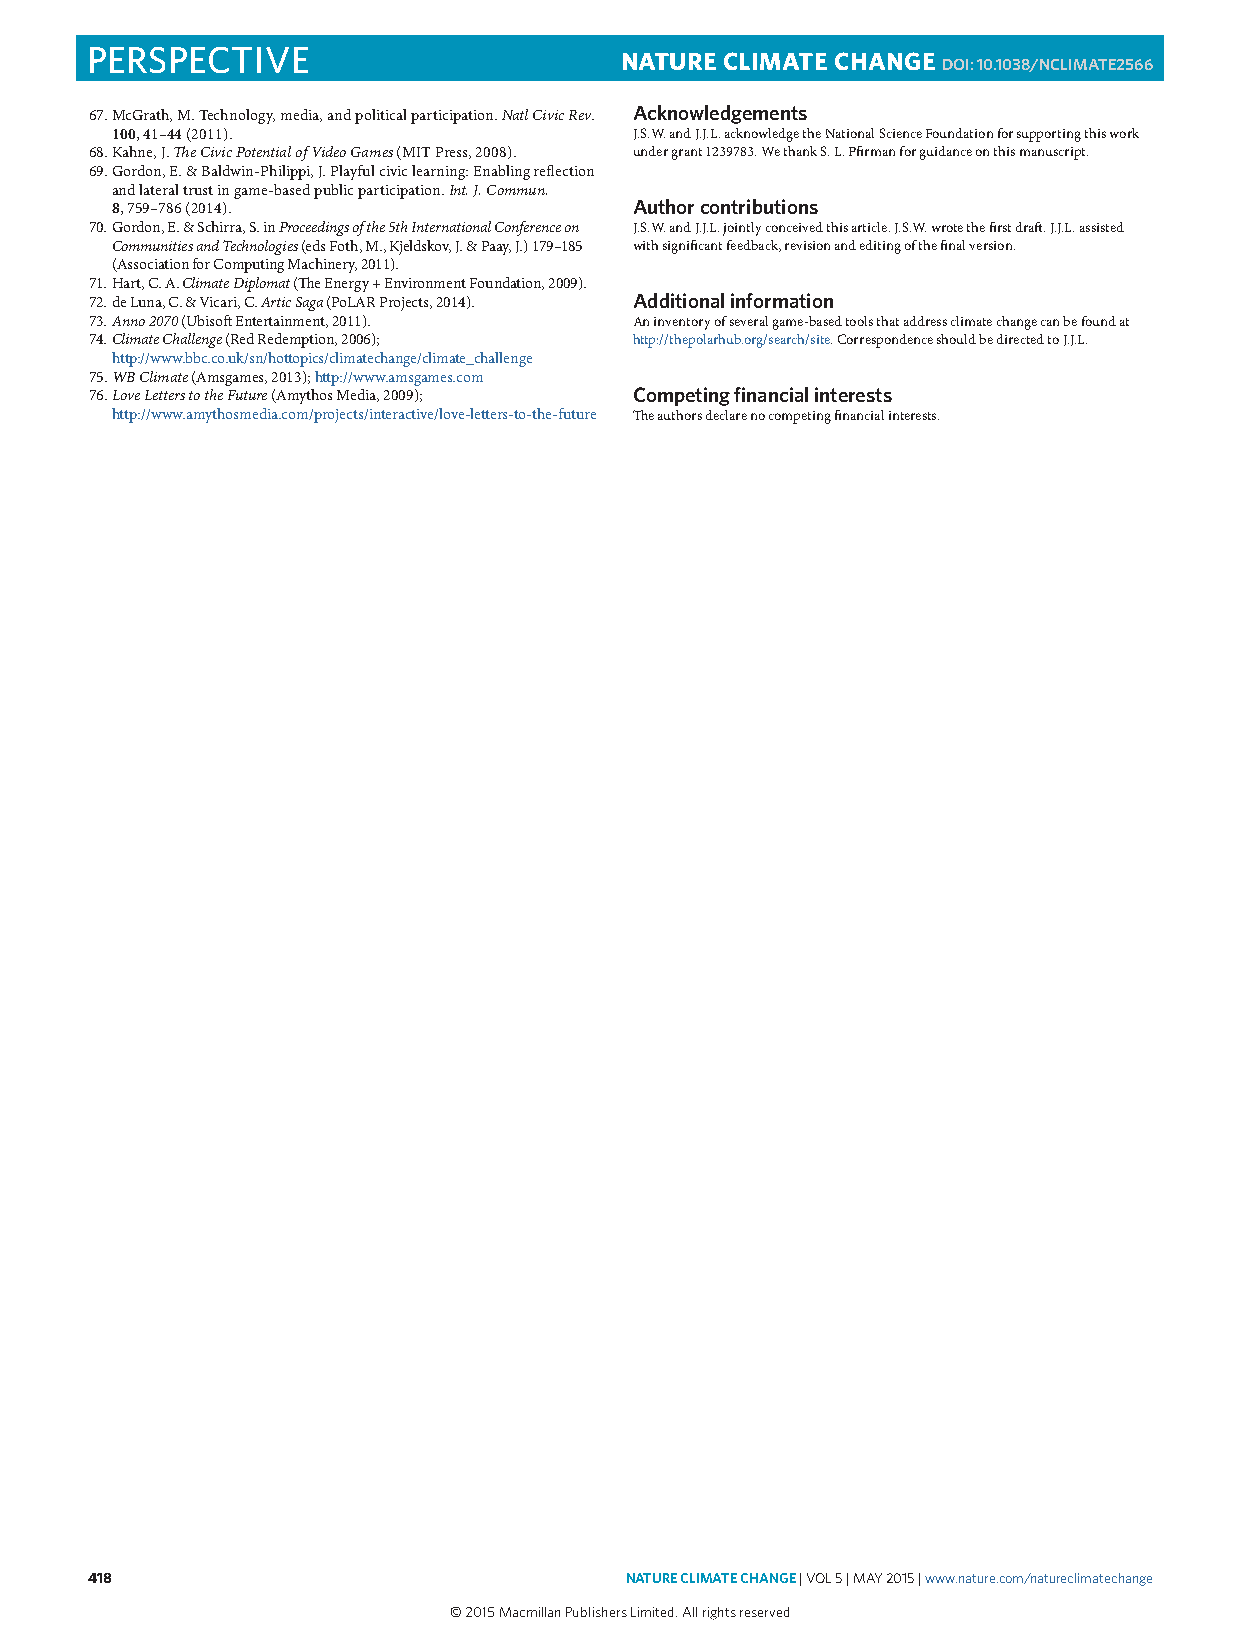
PERSPECTIVE                        NATURE CLIMATE CHANGE
 DOI: 10.1038/NCLIMATE2566
 67. McGrath, M. Technology, media, and political participation. Natl Civic Rev. Acknowledgements
 100, 41–44 (2011).                 J.S.W. and J.J.L. acknowledge the National Science Foundation for supporting this work
 68. Kahne, J. The Civic Potential of Video Games (MIT Press, 2008). under grant 1239783. We thank S. L. Pfirman for guidance on this manuscript.
 69. Gordon, E. & Baldwin-Philippi, J. Playful civic learning: Enabling reflection
 and lateral trust in game-based public participation. Int. J. Commun.
 8, 759–786 (2014).                 Author contributions
 70. Gordon, E. & Schirra, S. in Proceedings of the 5th International Conference on J.S.W. and J.J.L. jointly conceived this article. J.S.W. wrote the first draft. J.J.L. assisted
 Communities and Technologies (eds Foth, M., Kjeldskov, J. & Paay, J.) 179–185 with significant feedback, revision and editing of the final version.
 (Association for Computing Machinery, 2011).
 71. Hart, C. A. Climate Diplomat (The Energy + Environment Foundation, 2009).
 72. de Luna, C. & Vicari, C. Artic Saga (PoLAR Projects, 2014). Additional information
 73. Anno 2070 (Ubisoft Entertainment, 2011). An inventory of several game-based tools that address climate change can be found at
 74. Climate Challenge (Red Redemption, 2006); http://thepolarhub.org/search/site. Correspondence should be directed to J.J.L.
 http://www.bbc.co.uk/sn/hottopics/climatechange/climate_challenge
 75. WB Climate (Amsgames, 2013); http://www.amsgames.com
 76. Love Letters to the Future (Amythos Media, 2009); Competing financial interests
 http://www.amythosmedia.com/projects/interactive/love-letters-to-the-future The authors declare no competing financial interests.
 418                                NATURE CLIMATE CHANGE | VOL 5 | MAY 2015 | www.nature.com/natureclimatechange
 © 2015 Macmillan Publishers Limited. All rights reserved